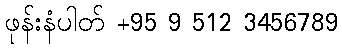
ဖုန်းနံပါတ် +95 9 512 3456789